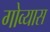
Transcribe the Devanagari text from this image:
गोव्यास